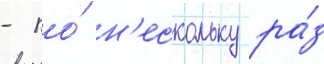
- по́ н'ескольку ра́з